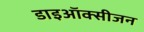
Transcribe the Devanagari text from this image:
डाइऑक्सीजन